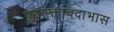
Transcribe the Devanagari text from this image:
पररुक्तावदाभास